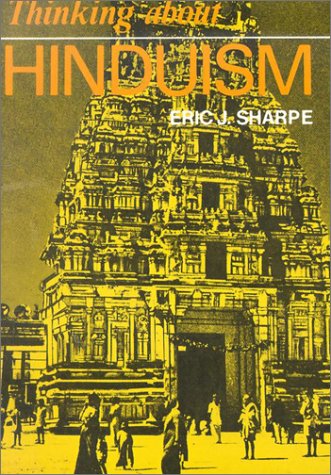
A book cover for Thinking about Hinduism (Thinking about Religion); Eric J Sharpe; Teen & Young Adult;